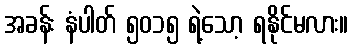
အခန်း နံပါတ် ၅၀၁၅ ရဲ့သော့ ရနိုင်မလား။